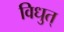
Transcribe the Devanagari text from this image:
विधुत्